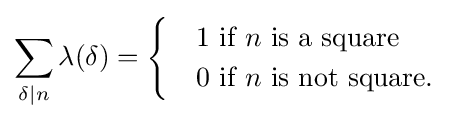
\sum _{\delta \mid n}\lambda (\delta )={\begin{cases}&1{\text{ if }}n{\text{ is a square }}\\&0{\text{ if }}n{\text{ is not  square.}}\end{cases}}